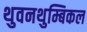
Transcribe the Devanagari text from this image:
थुवनथुम्बिकल